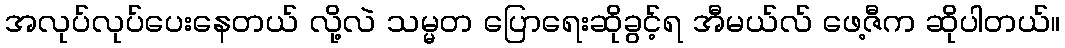
အလုပ်လုပ်ပေးနေတယ် လို့လဲ သမ္မတ ပြောရေးဆိုခွင့်ရ အီမယ်လ် ဖေ့ဇီက ဆိုပါတယ်။